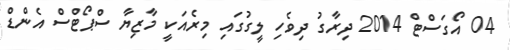
04 އޯގަސްޓް 2014 ދިރާގު ދިވެހި ލީގުގައި މިރެއަކީ މާޒިޔާ ސްޕޯޓްސް އެންޑް